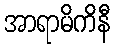
အာရာမိကိနီ